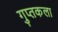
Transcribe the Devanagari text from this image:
गुप्तकला